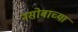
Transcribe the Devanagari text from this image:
नसोबाच्या